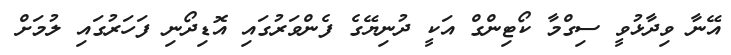
އޭނާ ވިދާޅުވީ ސިގްމާ ކޯޓިންގް އަކީ ދުނިޔޭގެ ފެންވަރުގައި އޮޑިދޯނި ފަހަރުގައި ލުމަށް